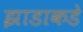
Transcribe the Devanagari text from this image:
झाडाकडे